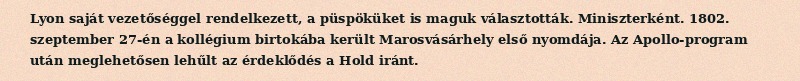
Lyon saját vezetőséggel rendelkezett, a püspöküket is maguk választották. Miniszterként. 1802. szeptember 27-én a kollégium birtokába került Marosvásárhely első nyomdája. Az Apollo-program után meglehetősen lehűlt az érdeklődés a Hold iránt.